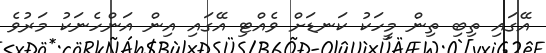
އޭގައި ތިބި ތިން މީހަކު ކަނޑަށް ވެއްޓި އޭގައި އިން އަންހެނަކު މަރުވެ